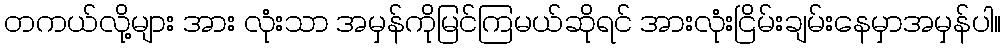
တကယ်လို့များ အား လုံးသာ အမှန်ကိုမြင်ကြမယ်ဆိုရင် အားလုံးငြိမ်းချမ်းနေမှာအမှန်ပါ။